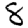
Digit: 8